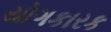
યોગકારક